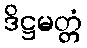
ဒိဋ္ဌမတ္တံ